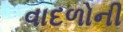
વાદળોની